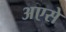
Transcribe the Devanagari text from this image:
अएसे